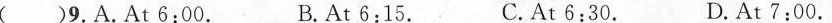
( )10.A.3.5 yuan. B.3 yuan. C.4 yuan. D.4.5 yuan.